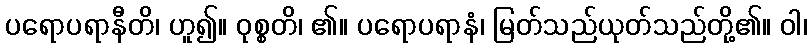
ပရောပရာနီတိ၊ ဟူ၍။ ဝုစ္စတိ၊ ၏။ ပရောပရာနံ၊ မြတ်သည်ယုတ်သည်တို့၏။ ဝါ၊